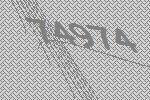
74974